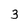
Character: 3